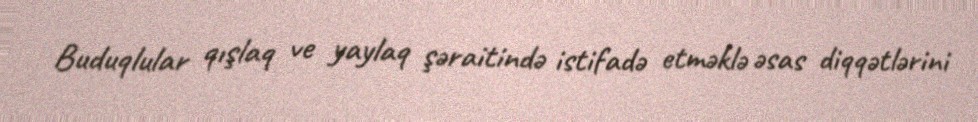
Buduqlular qışlaq ve yaylaq şəraitində istifadə etməklə əsas diqqətlərini